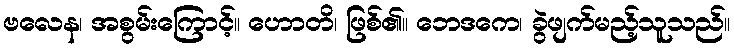
ဗလေန၊ အစွမ်းကြောင့်။ ဟောတိ၊ ဖြစ်၏။ ဘေဒကေ၊ ခွဲဖျက်မည့်သူသည်။